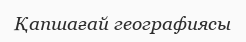
Қапшағай географиясы